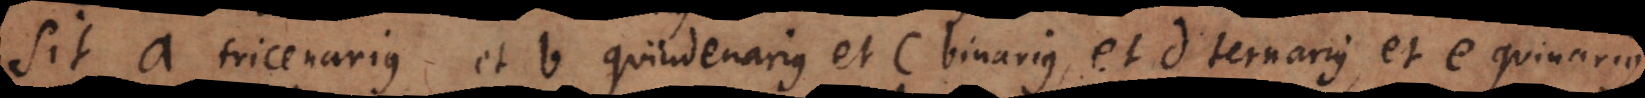
Sit a tricenarius et b quindenarius et c binarius, et d ternarius, et e quinarius